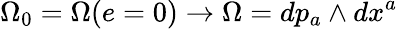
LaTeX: \Omega_{0}=\Omega(e=0)\rightarrow\Omega=dp_{a}\wedge dx^{a}